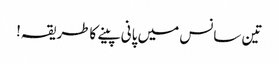
تین سانس میں پانی پینے کاطریقہ!